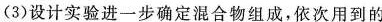
(3)设计实验进一步确定混合物组成，依次用到的